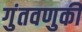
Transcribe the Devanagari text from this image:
गुंतवणुकी